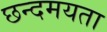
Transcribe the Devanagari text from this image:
छन्दमयता